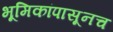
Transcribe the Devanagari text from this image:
भूमिकांपासूनच